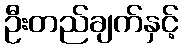
ဦးတည်ချက်နှင့်